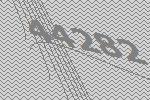
44282